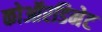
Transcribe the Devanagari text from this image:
कोऑरडिनेट